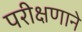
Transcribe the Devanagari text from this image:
परीक्षणाने